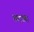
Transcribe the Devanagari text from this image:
खटाहा